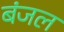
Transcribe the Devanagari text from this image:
बंजल